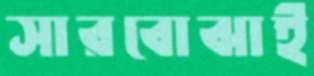
সারবোঝাই